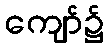
ကျော်၌